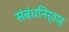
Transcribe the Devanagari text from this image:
संबंधनिर्वाह